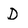
Character: D